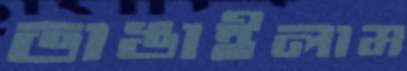
ভাঙাইলাম